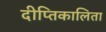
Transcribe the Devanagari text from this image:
दीप्तिकालिता